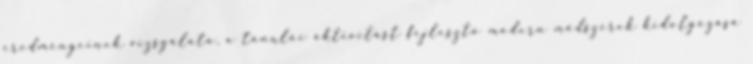
eredményeinek vizsgálata, a tanulói aktivitást fejlesztô modern módszerek kidolgozása